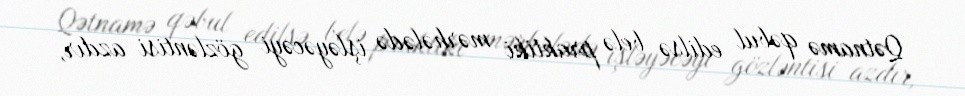
Qətnamə qəbul edilsə belə praktiki mərhələdə işləyəcəyi gözləntisi azdır,